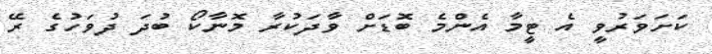
ކަށަވަރުވީ އެ ޓީމާ އެންމެ ބޮޑަށް ވާދަކުރާ މޮނާކޯ ބުދަ ދުވަހުގެ ރޭ